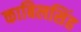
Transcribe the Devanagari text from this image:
काबिलसिंह